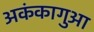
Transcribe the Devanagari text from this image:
अकंकागुआ